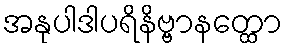
အနုပါဒါပရိနိဗ္ဗာနတ္ထော